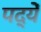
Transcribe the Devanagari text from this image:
पद्यें